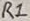
Text: R1